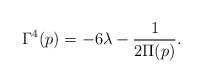
\begin{align*}\Gamma^{4}(p)=-6\lambda-\frac{1}{2\Pi(p)}.\end{align*}